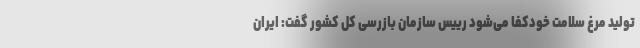
تولید مرغ سلامت خودکفا می‌شود رییس سازمان بازرسی کل کشور گفت: ایران